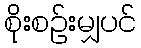
စိုးစဉ်းမျှပင်